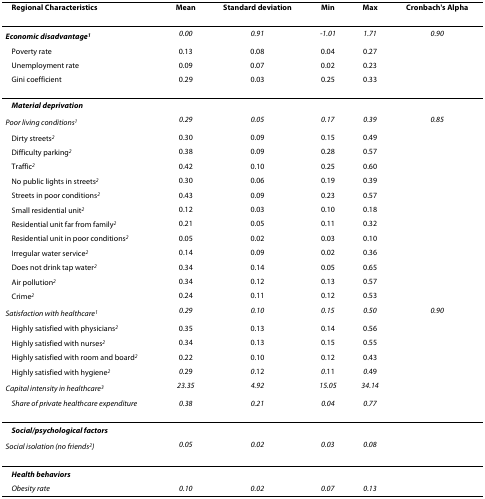
<table><thead><tr><td><b>Regional Characteristics</b></td><td><b>Mean</b></td><td><b>Standard deviation</b></td><td><b>Min</b></td><td><b>Max</b></td><td><b>Cronbach&#x27;s Alpha</b></td></tr></thead><tbody><tr><td><i><b>Economic disadvantage<sup>1</sup></b></i></td><td><i>0.00</i></td><td><i>0.91</i></td><td><i>-1.01</i></td><td><i>1.71</i></td><td><i>0.90</i></td></tr><tr><td>Poverty rate</td><td>0.13</td><td>0.08</td><td>0.04</td><td>0.27</td><td></td></tr><tr><td>Unemployment rate</td><td>0.09</td><td>0.07</td><td>0.02</td><td>0.23</td><td></td></tr><tr><td>Gini coefficient</td><td>0.29</td><td>0.03</td><td>0.25</td><td>0.33</td><td></td></tr><tr><td><i><b>Material deprivation</b></i></td><td></td><td></td><td></td><td></td><td></td></tr><tr><td><i>Poor living conditions<sup>1</sup></i></td><td><i>0.29</i></td><td><i>0.05</i></td><td><i>0.17</i></td><td><i>0.39</i></td><td><i>0.85</i></td></tr><tr><td>Dirty streets<i><sup>2</sup></i></td><td>0.30</td><td>0.09</td><td>0.15</td><td>0.49</td><td></td></tr><tr><td>Difficulty parking<i><sup>2</sup></i></td><td>0.38</td><td>0.09</td><td>0.28</td><td>0.57</td><td></td></tr><tr><td>Traffic<i><sup>2</sup></i></td><td>0.42</td><td>0.10</td><td>0.25</td><td>0.60</td><td></td></tr><tr><td>No public lights in streets<i><sup>2</sup></i></td><td>0.30</td><td>0.06</td><td>0.19</td><td>0.39</td><td></td></tr><tr><td>Streets in poor conditions<i><sup>2</sup></i></td><td>0.43</td><td>0.09</td><td>0.23</td><td>0.57</td><td></td></tr><tr><td>Small residential unit<i><sup>2</sup></i></td><td>0.12</td><td>0.03</td><td>0.10</td><td>0.18</td><td></td></tr><tr><td>Residential unit far from family<i><sup>2</sup></i></td><td>0.21</td><td>0.05</td><td>0.11</td><td>0.32</td><td></td></tr><tr><td>Residential unit in poor conditions<i><sup>2</sup></i></td><td>0.05</td><td>0.02</td><td>0.03</td><td>0.10</td><td></td></tr><tr><td>Irregular water service<i><sup>2</sup></i></td><td>0.14</td><td>0.09</td><td>0.02</td><td>0.36</td><td></td></tr><tr><td>Does not drink tap water<i><sup>2</sup></i></td><td>0.34</td><td>0.14</td><td>0.05</td><td>0.65</td><td></td></tr><tr><td>Air pollution<i><sup>2</sup></i></td><td>0.34</td><td>0.12</td><td>0.13</td><td>0.57</td><td></td></tr><tr><td>Crime<i><sup>2</sup></i></td><td>0.24</td><td>0.11</td><td>0.12</td><td>0.53</td><td></td></tr><tr><td><i>Satisfaction with healthcare<sup>1</sup></i></td><td><i>0.29</i></td><td><i>0.10</i></td><td><i>0.15</i></td><td><i>0.50</i></td><td><i>0.90</i></td></tr><tr><td>Highly satisfied with physicians<i><sup>2</sup></i></td><td>0.35</td><td>0.13</td><td>0.14</td><td>0.56</td><td></td></tr><tr><td>Highly satisfied with nurses<i><sup>2</sup></i></td><td>0.34</td><td>0.13</td><td>0.15</td><td>0.55</td><td></td></tr><tr><td>Highly satisfied with room and board<i><sup>2</sup></i></td><td>0.22</td><td>0.10</td><td>0.12</td><td>0.43</td><td></td></tr><tr><td>Highly satisfied with hygiene<i><sup>2</sup></i></td><td><i>0</i>.29</td><td><i>0</i>.12</td><td><i>0</i>.11</td><td><i>0</i>.49</td><td></td></tr><tr><td><i>Capital intensity in healthcare<sup>3</sup></i></td><td><i>23.35</i></td><td><i>4.92</i></td><td><i>15.05</i></td><td><i>34.14</i></td><td></td></tr><tr><td><i>Share of private healthcare expenditure</i></td><td><i>0.38</i></td><td><i>0.21</i></td><td><i>0.04</i></td><td><i>0.77</i></td><td></td></tr><tr><td><i><b>Social/psychological factors</b></i></td><td></td><td></td><td></td><td></td><td></td></tr><tr><td><i>Social isolation (no friends<sup>2</sup>)</i></td><td><i>0.05</i></td><td><i>0.02</i></td><td><i>0.03</i></td><td><i>0.08</i></td><td></td></tr><tr><td><i><b>Health behaviors</b></i></td><td></td><td></td><td></td><td></td><td></td></tr><tr><td><i>Obesity rate</i></td><td><i>0.10</i></td><td><i>0.02</i></td><td><i>0.07</i></td><td><i>0.13</i></td><td></td></tr></tbody></table>